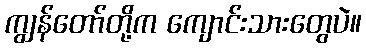
ကျွန်တော်တို့က ကျောင်းသားတွေပဲ။